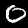
Label: 0